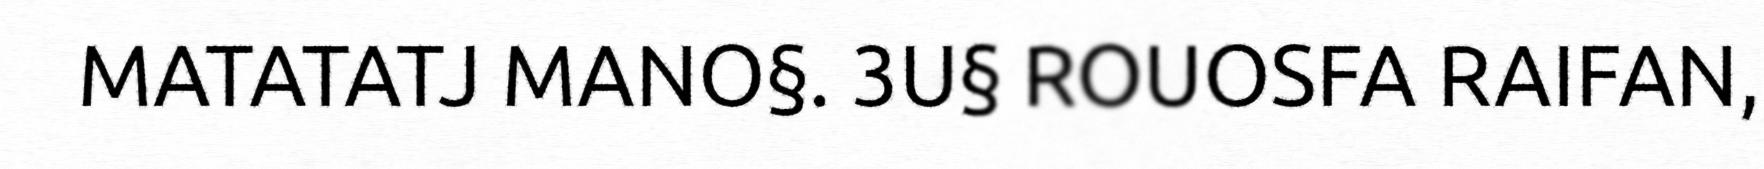
MATATATJ MANO§. 3U§ ROUOSFA RAIFAN,